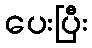
ပေးပြီး